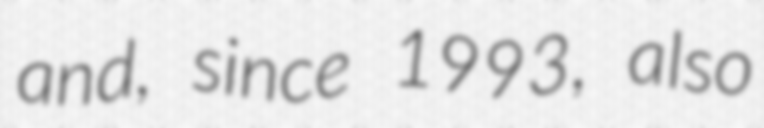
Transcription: and, since 1993, also